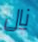
نال